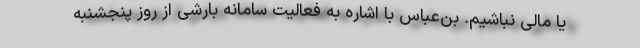
یا مالی نباشیم. بن‌عباس با اشاره به فعالیت سامانه بارشی از روز پنجشنبه